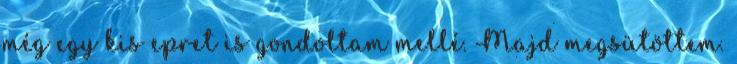
még egy kis epret is gondoltam mellé. Majd megsütöttem.